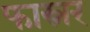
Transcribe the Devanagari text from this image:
फास्नर